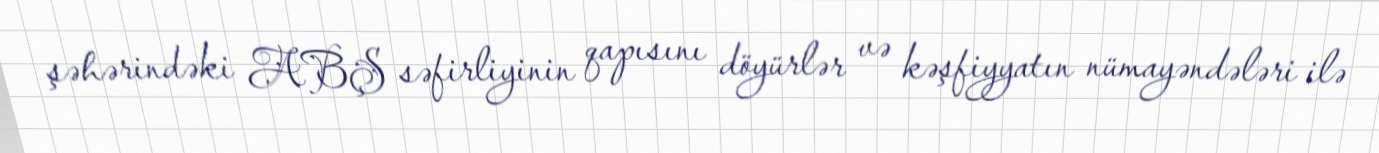
şəhərindəki ABŞ səfirliyinin qapısını döyürlər və kəşfiyyatın nümayəndələri ilə